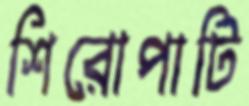
শিরোপাটি